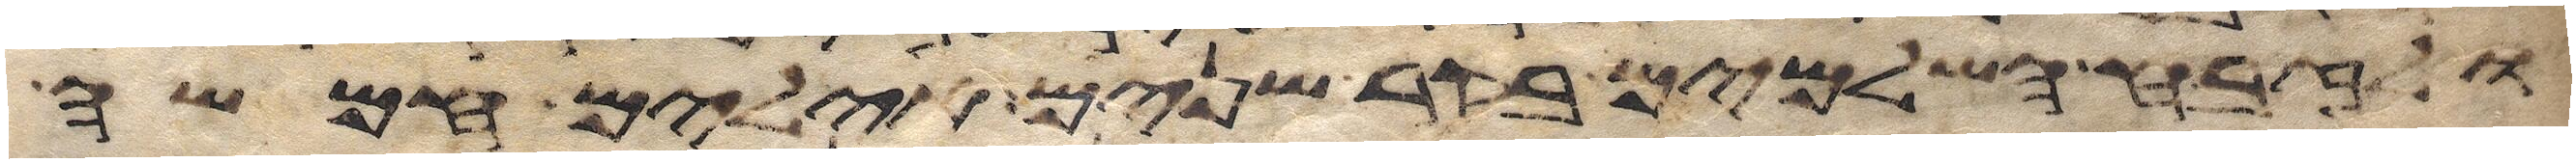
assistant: ולזבח השלמים בקר שנים אילים חמשה